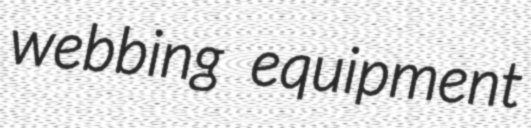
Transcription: webbing equipment